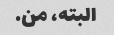
البته، من.